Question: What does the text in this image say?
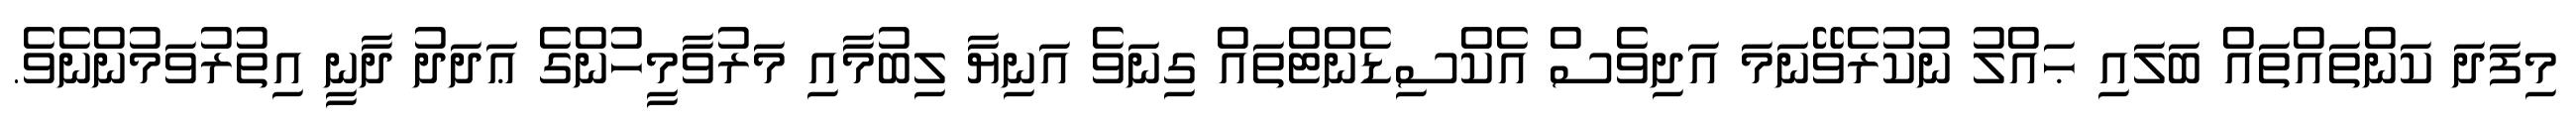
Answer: މިފަދަ ކަންތައްތައް ބަލައި ޙައްލު ނުކުރެވޭނަމަ އަދިވެސް އެކްސިޑެންޓްތައް ގިނަވެ އަނިޔާ ލިބުމާއި މަރުވާމީހުންގެ ޢަދަދު ދާނީ އިތުރުވަމުންނެވެ.